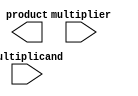
module higher_radix_wallace_tree_multiplier (
    input [15:0] multiplicand, // 16-bit multiplicand
    input [15:0] multiplier,    // 16-bit multiplier
    output reg [31:0] product   // 32-bit product
);
    // Partial product generation for Radix-8
    wire [23:0] pp [0:7]; // Partial products for Radix-8 (8 groups of 3 bits)
    
    // Generate partial products
    genvar i;
    generate
        for (i = 0; i < 8; i = i + 1) begin : pp_gen
            assign pp[i] = (multiplier[i*2 +: 3] * multiplicand) << (i * 3);
        end
    endgenerate

    // Reduction tree structure
    wire [23:0] sum [0:6]; // Intermediate sums
    wire [23:0] carry [0:6]; // Carry bits

    // Stage 1: Combine partial products using adders
    // Using a simple adder structure for demonstration
    assign {carry[0], sum[0]} = pp[0] + pp[1];
    assign {carry[0], sum[1]} = pp[2] + pp[3];
    assign {carry[1], sum[2]} = pp[4] + pp[5];
    assign {carry[1], sum[3]} = pp[6] + pp[7];

    // Stage 2: Combine sums and carries
    assign {carry[2], sum[4]} = sum[0] + sum[1];
    assign {carry[2], sum[5]} = sum[2] + sum[3];

    // Stage 3: Final summation
    assign product = sum[4] + sum[5] + carry[2];

endmodule